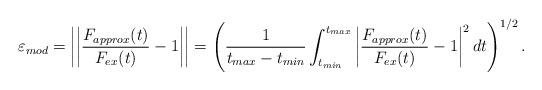
LaTeX: \begin{align*} \varepsilon_{mod} = \left|\left| \frac{F_{approx}(t)}{F_{ex}(t)} - 1 \right|\right| = \left( \frac{1}{t_{max}-t_{min}}\int_{t_{min}}^{t_{max}}\left| \frac{F_{approx}(t)}{F_{ex}(t)} - 1 \right|^2dt\right)^{1/2}. \end{align*}